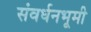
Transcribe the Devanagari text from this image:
संवर्धनभूमी